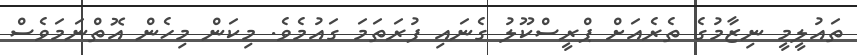
ތައުލީމީ ނިޒާމުގެ ތެރެއަށް ޕްރީސްކޫލު ގެނައި ފުރަތަމަ ގައުމެވެ. މިކަން މިހެން އޮތްނަމަވެސް